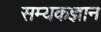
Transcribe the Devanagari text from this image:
सम्यकज्ञान